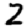
Digit: 2